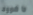
داشوود